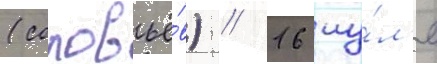
(соловьё́в) // 16 иу́л'я